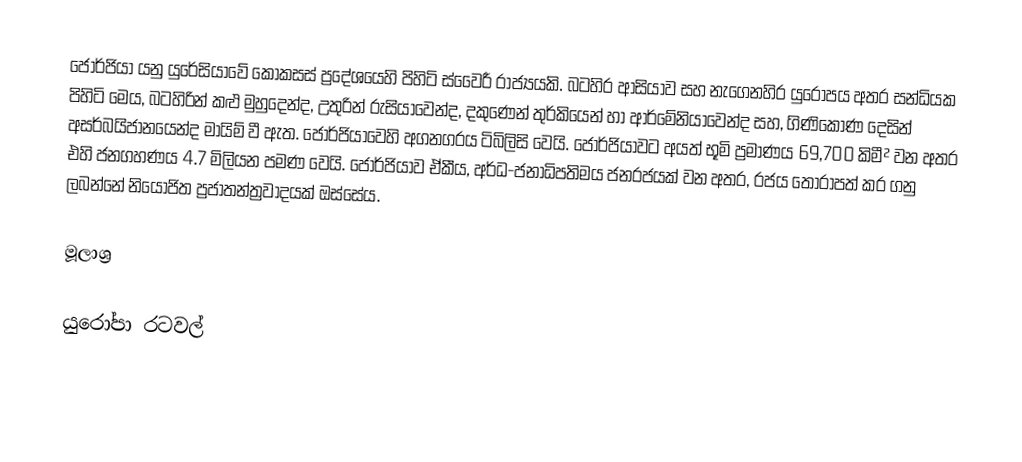
ජෝර්ජියා යනු   යුරේසියාවේ  කෝකසස් ප්‍රදේශයෙහි පිහිටි ස්වෛරී රාජ්‍යයකි. බටහිර ආසියාව සහ නැගෙනහිර යුරෝපය අතර සන්ධියක පිහිටි මෙය, බටහිරින් කළු මුහුදෙන්ද, උතුරින් රුසියාවෙන්ද, දකුණෙන් තුර්කියෙන් හා ආර්මේනියාවෙන්ද සහ, ගිණිකොණ දෙසින් අසර්බයිජානයෙන්ද මායිම් වී ඇත. ජෝර්ජියාවෙහි අගනගරය ටිබිලිසි වෙයි. ජෝර්ජියාවට අයත් භූමි ප්‍රමාණය 69,700 කිමී² වන අතර එහි ජනගහණය 4.7 මිලියන පමණ වෙයි. ජෝර්ජියාව ඒකීය, අර්ධ-ජනාධිපතිමය ජනරජයක් වන අතර, රජය තෝරාපත් කර ගනු ලබන්නේ නියෝජිත ප්‍රජාතන්ත්‍රවාදයක්  ඔස්සේය.

මූලාශ්‍ර

යුරෝපා රටවල්